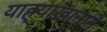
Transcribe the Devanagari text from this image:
याह्याखानाने